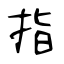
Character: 指